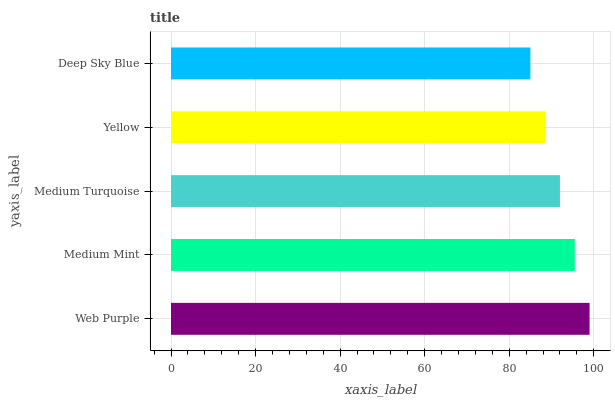
| yaxis_label | bars |
 | --- | --- |
 | Web Purple | 99 |
 | Medium Mint | 95.5 |
 | Medium Turquoise | 92 |
 | Yellow | 88.5 |
 | Deep Sky Blue | 85 |